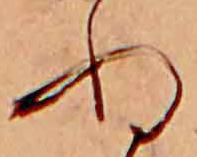
ぬ